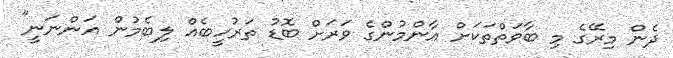
ދެން މިރޭގެ މި ބާވަތްތަކަށް އާންމުންގެ ވަރަށް ބޮޑު ތަރުހީބެއް ލިބެމުން އަންނަނީ"